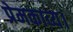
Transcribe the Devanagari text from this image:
प्रेमकाव्य।